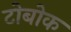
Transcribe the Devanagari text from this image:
टोबोक